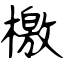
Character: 檄